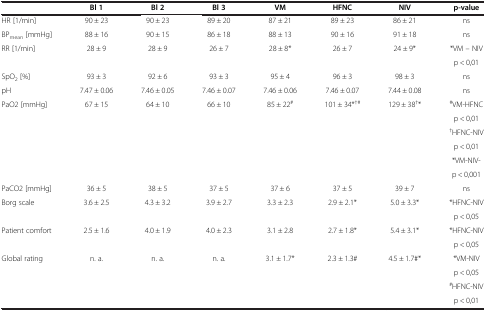
<table><thead><tr><td><b> </b></td><td><b>Bl 1</b></td><td><b>Bl 2</b></td><td><b>Bl 3</b></td><td><b>VM</b></td><td><b>HFNC</b></td><td><b>NIV</b></td><td><b>p-value</b></td></tr></thead><tbody><tr><td>HR [1/min]</td><td>90 ± 23</td><td>90 ± 23</td><td>89 ± 20</td><td>87 ± 21</td><td>89 ± 23</td><td>86 ± 21</td><td>ns</td></tr><tr><td>BP<sub>mean</sub> [mmHg]</td><td>88 ± 16</td><td>90 ± 15</td><td>86 ± 18</td><td>88 ± 13</td><td>90 ± 16</td><td>91 ± 18</td><td>ns</td></tr><tr><td rowspan="2">RR [1/min]</td><td rowspan="2">28 ± 9</td><td rowspan="2">28 ± 9</td><td rowspan="2">26 ± 7</td><td rowspan="2">28 ± 8*</td><td rowspan="2">26 ± 7</td><td rowspan="2">24 ± 9*</td><td>*VM – NIV</td></tr><tr><td>p &lt; 0,01</td></tr><tr><td>SpO<sub>2</sub> [%]</td><td>93 ± 3</td><td>92 ± 6</td><td>93 ± 3</td><td>95 ± 4</td><td>96 ± 3</td><td>98 ± 3</td><td>ns</td></tr><tr><td>pH</td><td>7.47 ± 0.06</td><td>7.46 ± 0.05</td><td>7.46 ± 0.07</td><td>7.46 ± 0.06</td><td>7.46 ± 0.07</td><td>7.44 ± 0.08</td><td>ns</td></tr><tr><td rowspan="6">PaO2 [mmHg]</td><td rowspan="6">67 ± 15</td><td rowspan="6">64 ± 10</td><td rowspan="6">66 ± 10</td><td rowspan="6">85 ± 22<sup>#</sup></td><td rowspan="6">101 ± 34*<sup>†#</sup></td><td rowspan="6">129 ± 38<sup>†</sup>*</td><td><sup>#</sup>VM-HFNC</td></tr><tr><td>p &lt; 0,01</td></tr><tr><td><sup>†</sup>HFNC-NIV</td></tr><tr><td>p &lt; 0,01</td></tr><tr><td>*VM-NIV-</td></tr><tr><td>p &lt; 0,001</td></tr><tr><td>PaCO2 [mmHg]</td><td>36 ± 5</td><td>38 ± 5</td><td>37 ± 5</td><td>37 ± 6</td><td>37 ± 5</td><td>39 ± 7</td><td>ns</td></tr><tr><td rowspan="2">Borg scale</td><td rowspan="2">3.6 ± 2.5</td><td rowspan="2">4.3 ± 3.2</td><td rowspan="2">3.9 ± 2.7</td><td rowspan="2">3.3 ± 2.3</td><td rowspan="2">2.9 ± 2.1*</td><td rowspan="2">5.0 ± 3.3*</td><td>*HFNC-NIV</td></tr><tr><td>p &lt; 0,05</td></tr><tr><td rowspan="2">Patient comfort</td><td rowspan="2">2.5 ± 1.6</td><td rowspan="2">4.0 ± 1.9</td><td rowspan="2">4.0 ± 2.3</td><td rowspan="2">3.1 ± 2.8</td><td rowspan="2">2.7 ± 1.8*</td><td rowspan="2">5.4 ± 3.1*</td><td>*HFNC-NIV</td></tr><tr><td>p &lt; 0,05</td></tr><tr><td rowspan="3">Global rating</td><td rowspan="3">n. a.</td><td rowspan="3">n. a.</td><td rowspan="3">n. a.</td><td rowspan="3">3.1 ± 1.7*</td><td rowspan="3">2.3 ± 1.3#</td><td rowspan="3">4.5 ± 1.7#*</td><td>*VM-NIV</td></tr><tr><td>p &lt; 0,05</td></tr><tr><td><sup>#</sup>HFNC-NIV</td></tr><tr><td colspan="7"> </td><td>p &lt; 0,01</td></tr></tbody></table>